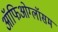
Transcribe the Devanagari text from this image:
ऑफिओग्लॉसम